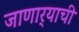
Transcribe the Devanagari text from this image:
जाणार्‍याची